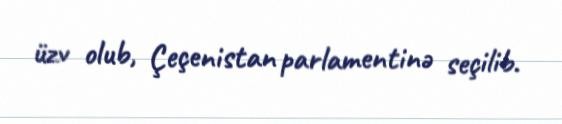
üzv olub, Çeçenistan parlamentinə seçilib.